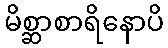
မိစ္ဆာစာရိနောပိ